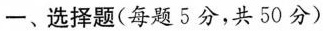
一、选择题(每题5分，共50分)